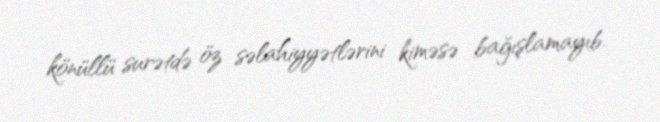
könüllü surətdə öz səlahiyyətlərini kiməsə bağışlamayıb.